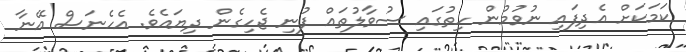
ކަމަކަށް އެދިފައި ނުވުމުން ހިތުގައި ސުވާލުތައް ފުނި ޖެހިގެން ދިޔައެވެ. އެހެނަސް އޭނާ